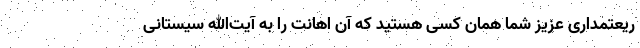
ریعتمداری عزیز شما همان کسی هستید که آن اهانت را به آیت‌الله سیستانی